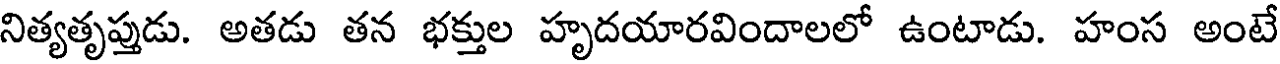
నిత్యతృప్తుడు. అతడు తన భక్తుల హృదయారవిందాలలో ఉంటాడు. హంస అంటే